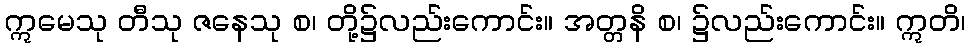
ဣမေသု တီသု ဇနေသု စ၊ တို့၌လည်းကောင်း။ အတ္တနိ စ၊ ၌လည်းကောင်း။ ဣတိ၊